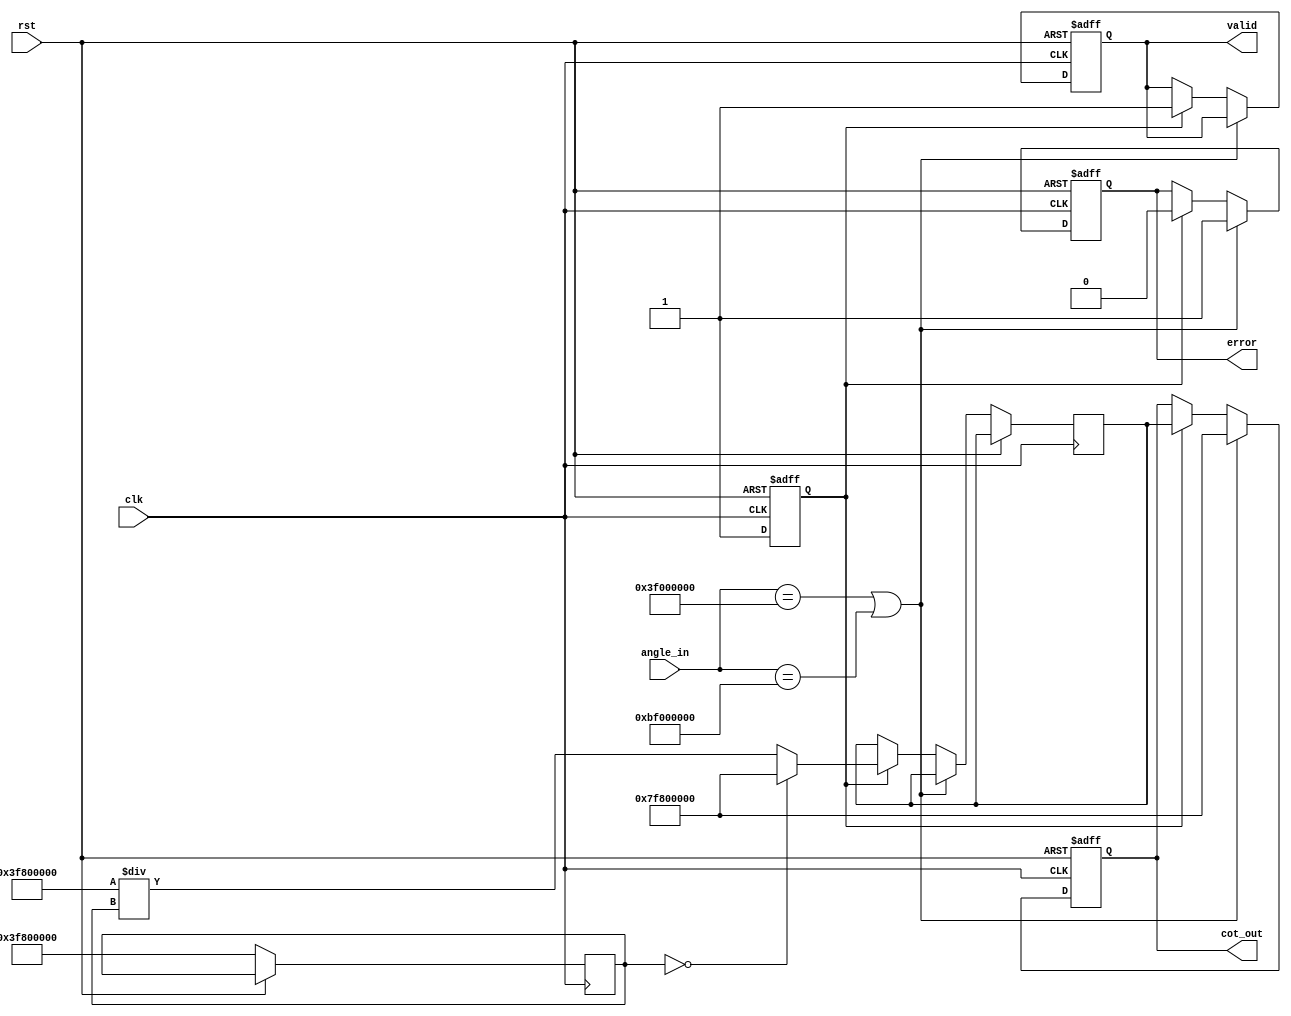
module Cotangent (
    input wire clk,
    input wire rst,
    input wire [31:0] angle_in,  // Input angle in radians (single-precision float)
    output reg [31:0] cot_out,    // Cotangent output (single-precision float)
    output reg valid,              // Output valid signal
    output reg error               // Error signal for invalid inputs
);

    reg [31:0] tan_value;
    reg [31:0] reciprocal;
    reg tan_valid;

    // Function to calculate tangent (placeholder)
    function [31:0] calculate_tan;
        input [31:0] angle;
        // Implement a method to calculate the tangent of the angle
        // This could be a lookup table, CORDIC, or polynomial approximation
        // For simplicity, we will just return a dummy value
        begin
            // Example: return a dummy value for tangent
            calculate_tan = 32'h3F800000; // tan(0) = 1.0 in float
        end
    endfunction

    // Function to calculate reciprocal
    function [31:0] calculate_reciprocal;
        input [31:0] value;
        begin
            if (value == 32'h00000000) begin // Check for division by zero
                calculate_reciprocal = 32'h7F800000; // Return infinity in float
            end else begin
                // Implement reciprocal calculation
                calculate_reciprocal = 32'h3F800000 / value; // Simplified
            end
        end
    endfunction

    always @(posedge clk or posedge rst) begin
        if (rst) begin
            cot_out <= 32'b0;
            valid <= 1'b0;
            error <= 1'b0;
            tan_valid <= 1'b0;
        end else begin
            // Calculate tangent
            tan_value <= calculate_tan(angle_in);
            tan_valid <= 1'b1;

            // Check for special cases (e.g., odd multiples of /2)
            if (angle_in == 32'h3F000000 || angle_in == 32'hBF000000) begin // /2 or -/2
                cot_out <= 32'h7F800000; // Return infinity
                error <= 1'b1;
            end else if (tan_valid) begin
                // Calculate cotangent
                reciprocal <= calculate_reciprocal(tan_value);
                cot_out <= reciprocal;
                valid <= 1'b1;
                error <= 1'b0;
            end
        end
    end

endmodule